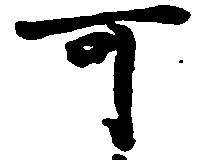
可